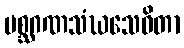
မစ္ဆဂဏသံဃသေဝိတာ